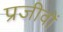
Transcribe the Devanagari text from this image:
प्रजीवों